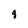
Character: 8